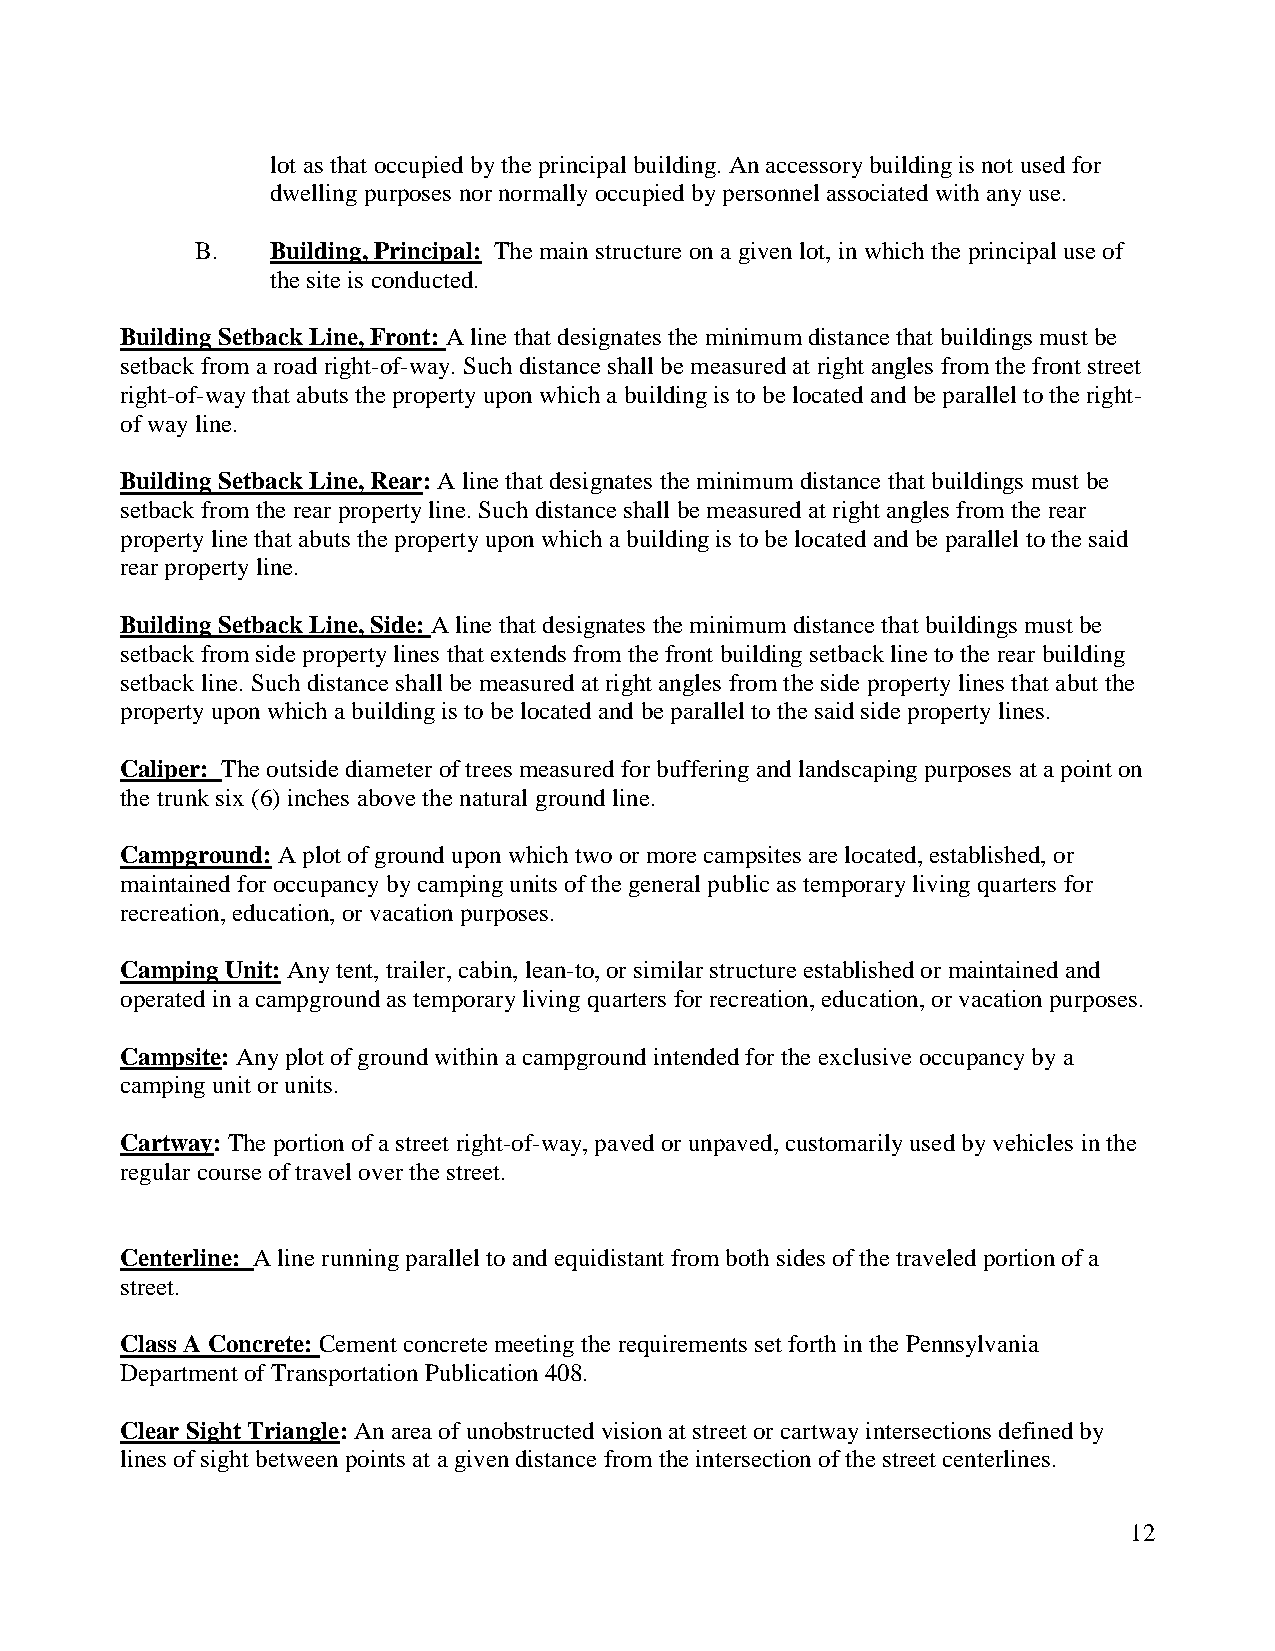
lot as that occupied by the principal building. An accessory building is not used for
 dwelling purposes nor normally occupied by personnel associated with any use.
 B.   Building, Principal: The main structure on a given lot, in which the principal use of
 the site is conducted.
 Building Setback Line, Front: A line that designates the minimum distance that buildings must be
 setback from a road right-of-way. Such distance shall be measured at right angles from the front street
 right-of-way that abuts the property upon which a building is to be located and be parallel to the right-
 of way line.
 Building Setback Line, Rear: A line that designates the minimum distance that buildings must be
 setback from the rear property line. Such distance shall be measured at right angles from the rear
 property line that abuts the property upon which a building is to be located and be parallel to the said
 rear property line.
 Building Setback Line, Side: A line that designates the minimum distance that buildings must be
 setback from side property lines that extends from the front building setback line to the rear building
 setback line. Such distance shall be measured at right angles from the side property lines that abut the
 property upon which a building is to be located and be parallel to the said side property lines.
 Caliper: The outside diameter of trees measured for buffering and landscaping purposes at a point on
 the trunk six (6) inches above the natural ground line.
 Campground: A plot of ground upon which two or more campsites are located, established, or
 maintained for occupancy by camping units of the general public as temporary living quarters for
 recreation, education, or vacation purposes.
 Camping Unit: Any tent, trailer, cabin, lean-to, or similar structure established or maintained and
 operated in a campground as temporary living quarters for recreation, education, or vacation purposes.
 Campsite: Any plot of ground within a campground intended for the exclusive occupancy by a
 camping unit or units.
 Cartway: The portion of a street right-of-way, paved or unpaved, customarily used by vehicles in the
 regular course of travel over the street.
 Centerline: A line running parallel to and equidistant from both sides of the traveled portion of a
 street.
 Class A Concrete: Cement concrete meeting the requirements set forth in the Pennsylvania
 Department of Transportation Publication 408.
 Clear Sight Triangle: An area of unobstructed vision at street or cartway intersections defined by
 lines of sight between points at a given distance from the intersection of the street centerlines.
 12